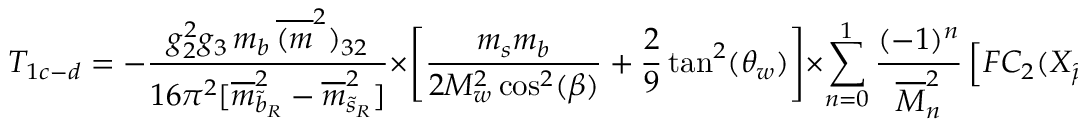
T _ { 1 c - d } = - \frac { g _ { 2 } ^ { 2 } g _ { 3 } \, m _ { b } \, \overline { { { ( m } } } ^ { 2 } ) _ { 3 2 } } { 1 6 \pi ^ { 2 } [ \overline { { { m } } } _ { \widetilde { b } _ { R } } ^ { 2 } - \overline { { { m } } } _ { \widetilde { s } _ { R } } ^ { 2 } ] } \times \left[ \frac { m _ { s } m _ { b } } { 2 M _ { w } ^ { 2 } \cos ^ { 2 } ( \beta ) } + \frac { 2 } { 9 } \tan ^ { 2 } ( \theta _ { w } ) \right] \times \sum _ { n = 0 } ^ { 1 } \frac { ( - 1 ) ^ { n } } { \overline { { { M } } } _ { n } ^ { 2 } } \left[ F C _ { 2 } ( X _ { \widetilde { \mu } _ { n } } ) \right] .